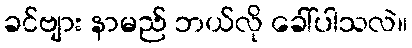
ခင်ဗျား နာမည် ဘယ်လို ခေါ်ပါသလဲ။